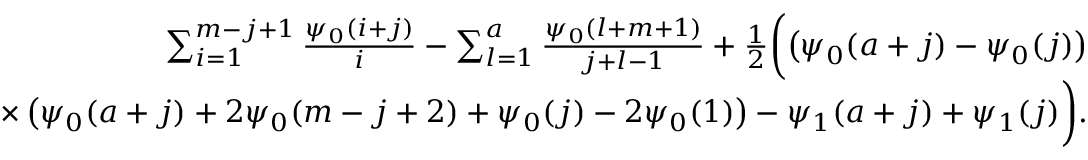
\begin{array} { r l r } { \! \! \! \! \! \! \! \! \! \! \! \! \! \! \! \! \! \! } & { } & { \sum _ { i = 1 } ^ { m - j + 1 } \frac { \psi _ { 0 } ( i + j ) } { i } - \sum _ { l = 1 } ^ { a } \frac { \psi _ { 0 } ( l + m + 1 ) } { j + l - 1 } + \frac { 1 } { 2 } \bigg ( \! \left( \psi _ { 0 } ( a + j ) - \psi _ { 0 } ( j ) \right) } \\ { \! \! \! \! \! \! \! \! \! \! \! \! \! \! \! \! \! \! } & { } & { \times \left( \psi _ { 0 } ( a + j ) + 2 \psi _ { 0 } ( m - j + 2 ) + \psi _ { 0 } ( j ) - 2 \psi _ { 0 } ( 1 ) \right) - \psi _ { 1 } ( a + j ) + \psi _ { 1 } ( j ) \bigg ) . } \end{array}